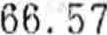
66.57